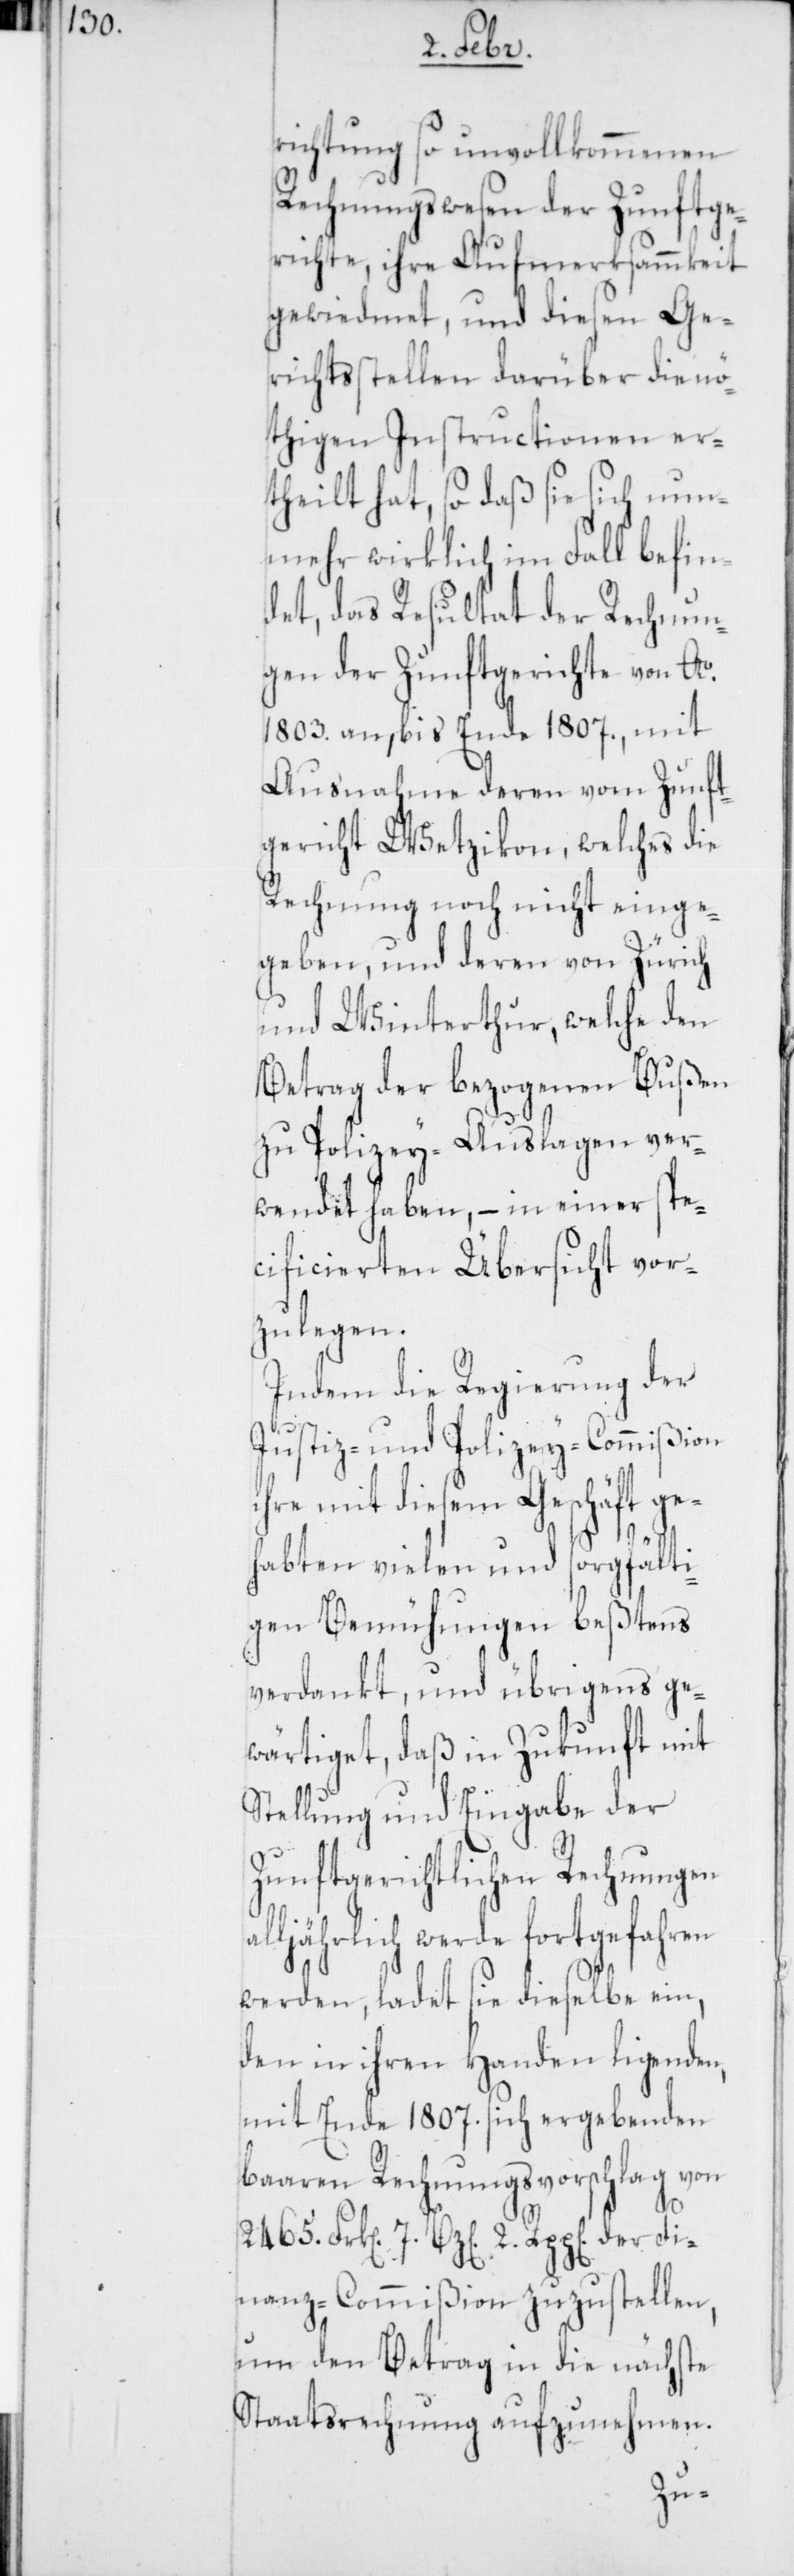
richtung so unvollkommenen
Rechnungswesen der Zunftge¬
richte, ihre Aufmerksammkeit
gewidmet, und diesen Ge¬
richtsstellen darüber die nö¬
thigen Instructionen er¬
theilt hat, so daß sie sich nun¬
mehr wirklich im Fall befin¬
det, das Resultat der Rechnun¬
gen der Zunftgerichte von Ao
1803. an, bis Ende 1807., mit
Ausnahme deren vom Zunft¬
gericht Wetzikon, welches die
Rechnung noch nicht einge¬
geben, und deren von Zürich
und Winterthur, welche den
Betrag der bezogenen Bußen
zu Polizey-Auslagen ver¬
wendet haben, – in einer spe¬
cificierten Übersicht vor¬
zulegen.
Indem die Regierung der
Justiz- und Polizey-Commißion
hre mit diesem Geschäft g¬
ehabten vielen und sorgfälti¬
gen Bemühungen beßtens
verdankt, und übrigens ge¬
wärtiget, daß in Zukunft mit
Stellung und Eingabe der
Zunftgerichtlichen Rechnungen
ljährlich werde fortgefahren
werden, ladet sie dieselbe ein,
den in ihren Handen ligenden,
mit Ende 1807. sich ergebenden
baaren Rechnungsvorschlag von
2.
Finanz-Commißion zuzustellen,
um den Betrag in die nächste
Staatsrechnung aufzunehmen.
al¬